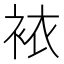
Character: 𧙿